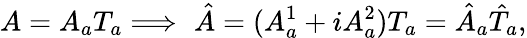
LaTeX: A=A_{a}T_{a}\Longrightarrow\, \, \hat{A}=(A_{a}^{1}+iA_{a}^{2})T_{a}=\hat{A}_{a}\hat{T}_{a},